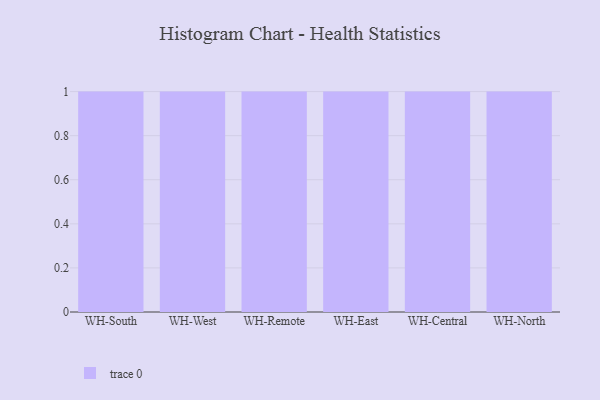
{"axis": {"x": "Warehouse", "y": "Operating Costs (USD K)"}, "legend": [""], "data": [{"x": "WH-South", "y": 95, "type": ""}, {"x": "WH-West", "y": 96, "type": ""}, {"x": "WH-Remote", "y": 26, "type": ""}, {"x": "WH-East", "y": 16, "type": ""}, {"x": "WH-Central", "y": 77, "type": ""}, {"x": "WH-North", "y": 51, "type": ""}]}